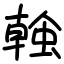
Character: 螒